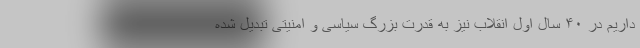
داریم در ۴۰ سال اول انقلاب نیز به قدرت بزرگ سیاسی و امنیتی تبدیل شده